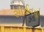
સાઈનનો